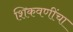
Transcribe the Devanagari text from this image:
शिकवणींचा